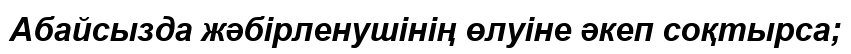
Абайсызда жәбірленушінің өлуіне әкеп соқтырса;